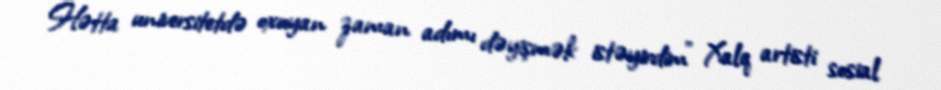
Hətta universitetdə oxuyan zaman adımı dəyişmək istəyirdim" Xalq artisti sosial